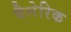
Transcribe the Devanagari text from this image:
बैलेरिक